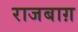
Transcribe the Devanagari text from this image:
राजबाग़